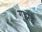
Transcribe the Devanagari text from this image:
गुझई